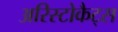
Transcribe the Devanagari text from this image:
अरिस्टोकैट्स